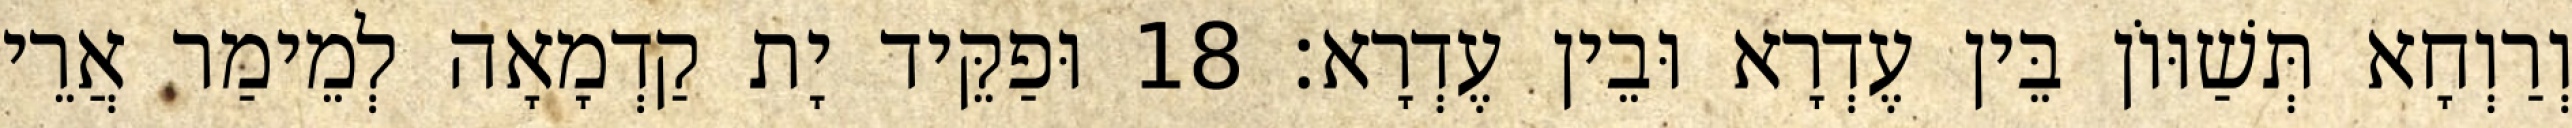
וְרַוְחָא תְּשַׁוּוֹן בֵּין עֶדְרָא וּבֵין עֶדְרָא׃ 18 וּפַקֵּיד יָת קַדְמָאָה לְמֵימַר אֲרֵי